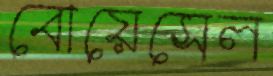
বোয়েসেল